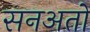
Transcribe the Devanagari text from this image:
सनअतों